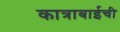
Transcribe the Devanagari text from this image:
कात्राबाईची